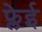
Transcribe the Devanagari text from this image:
फ्लेई